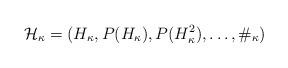
LaTeX: \begin{align*}\mathcal{H}_{\kappa}=(H_{\kappa}, P(H_{\kappa}), P(H_{\kappa}^{2}), \ldots, \#_{\kappa})\end{align*}